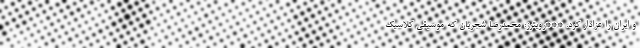
و ایران را عزادار کرد. ***رویترز: محمدرضا شجریان که موسیقی کلاسیک